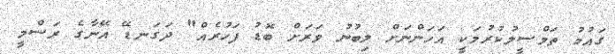
ގައުމު ތަމްސީލުކުރުމަކީ އަހަންނަށް ލިބުނު ވަރަށް ބޮޑު ފަހުރެއް" ދަގަނޑޭ އޭނާގެ ރަސްމީ